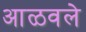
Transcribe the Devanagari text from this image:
आळवले